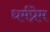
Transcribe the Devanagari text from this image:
धर्मप्रेम